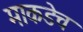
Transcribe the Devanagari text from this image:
माकडेच